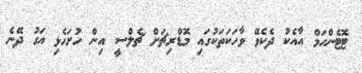
ޓޮޓެންހަމް އާއެކު ދެކެވޭ ވާހަކަތަކުގައި މޮޑްރިޗަށް ޗެލްސީ އިން ހުށަހެޅި އަގު ދޭނެ